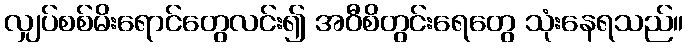
လျှပ်စစ်မိးရောင်တွေလင်း၍ အဝီစိတွင်းရေတွေ သုံးနေရသည်။